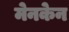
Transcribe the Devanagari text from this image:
मेनकेन